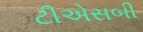
ટીએસબી